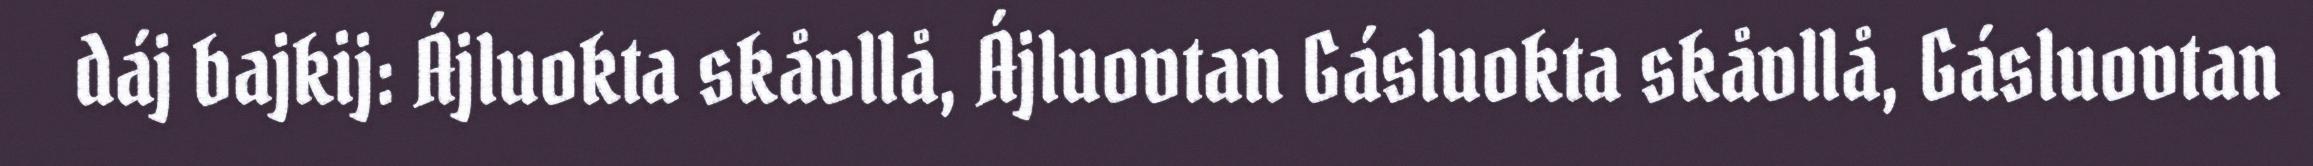
dáj bajkij: Ájluokta skåvllå, Ájluovtan Gásluokta skåvllå, Gásluovtan